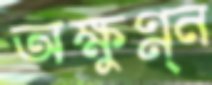
অক্ষুণ্ন্ন